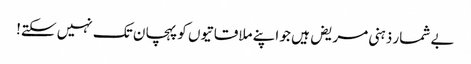
بے شمار ذہنی مریض ہیں جو اپنے ملاقاتیوں کو پہچان تک نہیں سکتے!